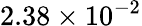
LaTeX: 2.38\times 10^{-2}